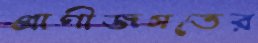
প্রাণীজগতের